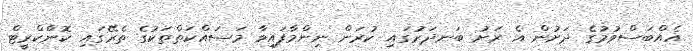
އެއްބަސްވުމުގެ ދަށުން އެ ރަށު ބަނދަރުގައި ކުރަން ނިންމާފައިވާ މަސައްކަތްތަކުގެ ތެރޭގައި ކޮންކްރީޓް